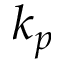
k _ { p }